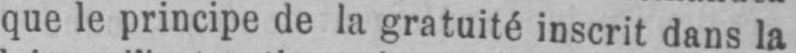
que le principe de la gratuité inscrit dans la